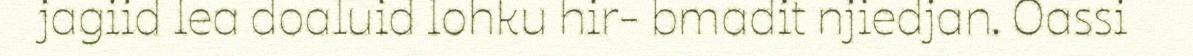
jagiid lea doaluid lohku hir- bmadit njiedjan. Oassi